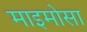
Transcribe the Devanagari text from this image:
माइमोसा